Investigations into the jail dietaries of the United Provinces with some observations on the influence of dietary on the physical development and well-being of the people of the United Provinces - Number 48
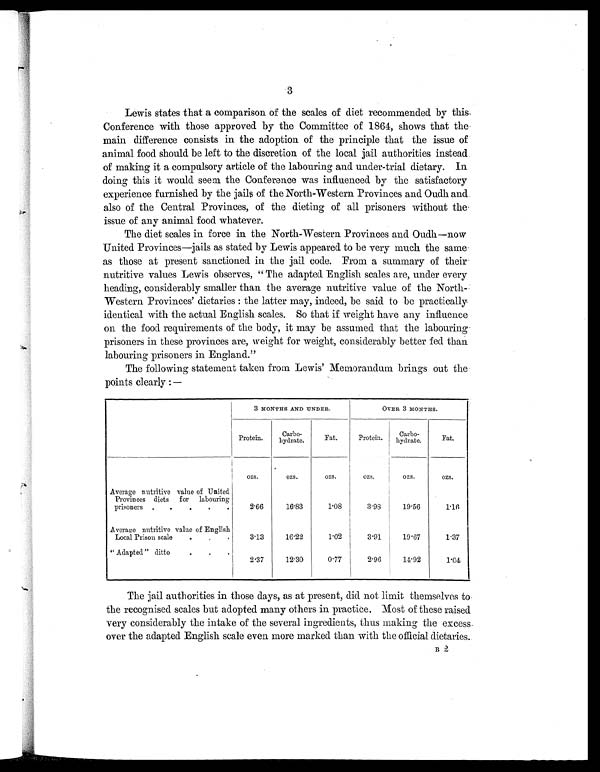
3
Lewis states that a comparison of the scales of diet recommended by this
Conference with those approved by the Committee of 1864, shows that the
main difference consists in the adoption of the principle that the issue of
animal food should be left to the discretion of the local jail authorities instead
of making it a compulsory article of the labouring and under-trial dietary. In
doing this it would seem the Conference was influenced by the satisfactory
experience furnished by the jails of the North-Western Provinces and Oudh and
also of the Central Provinces, of the dieting of all prisoners without the
issue of any animal food whatever.
The diet scales in force in the North-Western Provinces and Oudh—now
United Provinces—jails as stated by Lewis appeared to be very much the same
as those at present sanctioned in the jail code. From a summary of their
nutritive values Lewis observes, "The adapted English scales are, under every
heading, considerably smaller than the average nutritive value of the North
-Western Provinces' dietaries : the latter may, indeed, be said to be practically
identical with the actual English scales. So that if weight have any influence
on the food requirements of the body, it may be assumed that the labouring
prisoners in these provinces are, weight for weight, considerably better fed than
labouring prisoners in England."
The following statement taken from Lewis' Memorandum brings out the
points clearly :—
3 MONTHS AND UNDER.
OVER 3 MONTHS.
Protein.
Carbo- hydrate.
Fat.
Protein.
Carbo-
hydrate.
Fat.
o z s .
ozs.
ozs.
ozs.
ozs.
o z s .
Average nutritive value of United
Provinces diets for labouring
prisoners .
.
.
.
.
2.66
16.83
1.08
3.98
19.56
1.16
Average nutritive value of English
Local Prison scale
.
.
.
3.13
16.22
1.02
3.91
19.67
1.37
"Adapted" ditto
.
.
.
2.37
12.30
0.77
2.96
14.92
1.04
The jail authorities in those days, as at present, did not limit themselves to
the recognised scales but adopted many others in practice. Most of these raised
very considerably the intake of the several ingredients, thus making the excess
over the adapted English scale even more marked than with the official dietaries.
B 2